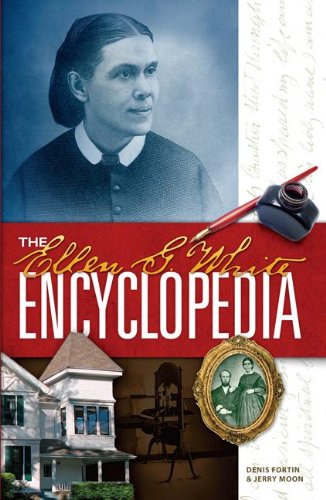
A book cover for The Ellen G. White Encyclopedia; Denis Fortin; Christian Books & Bibles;